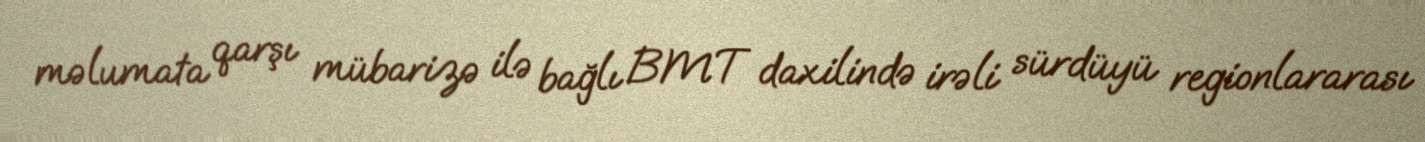
məlumata qarşı mübarizə ilə bağlı BMT daxilində irəli sürdüyü regionlararası